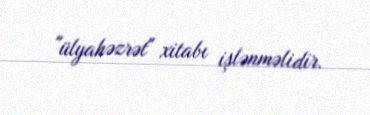
"ülyahəzrət" xitabı işlənməlidir.